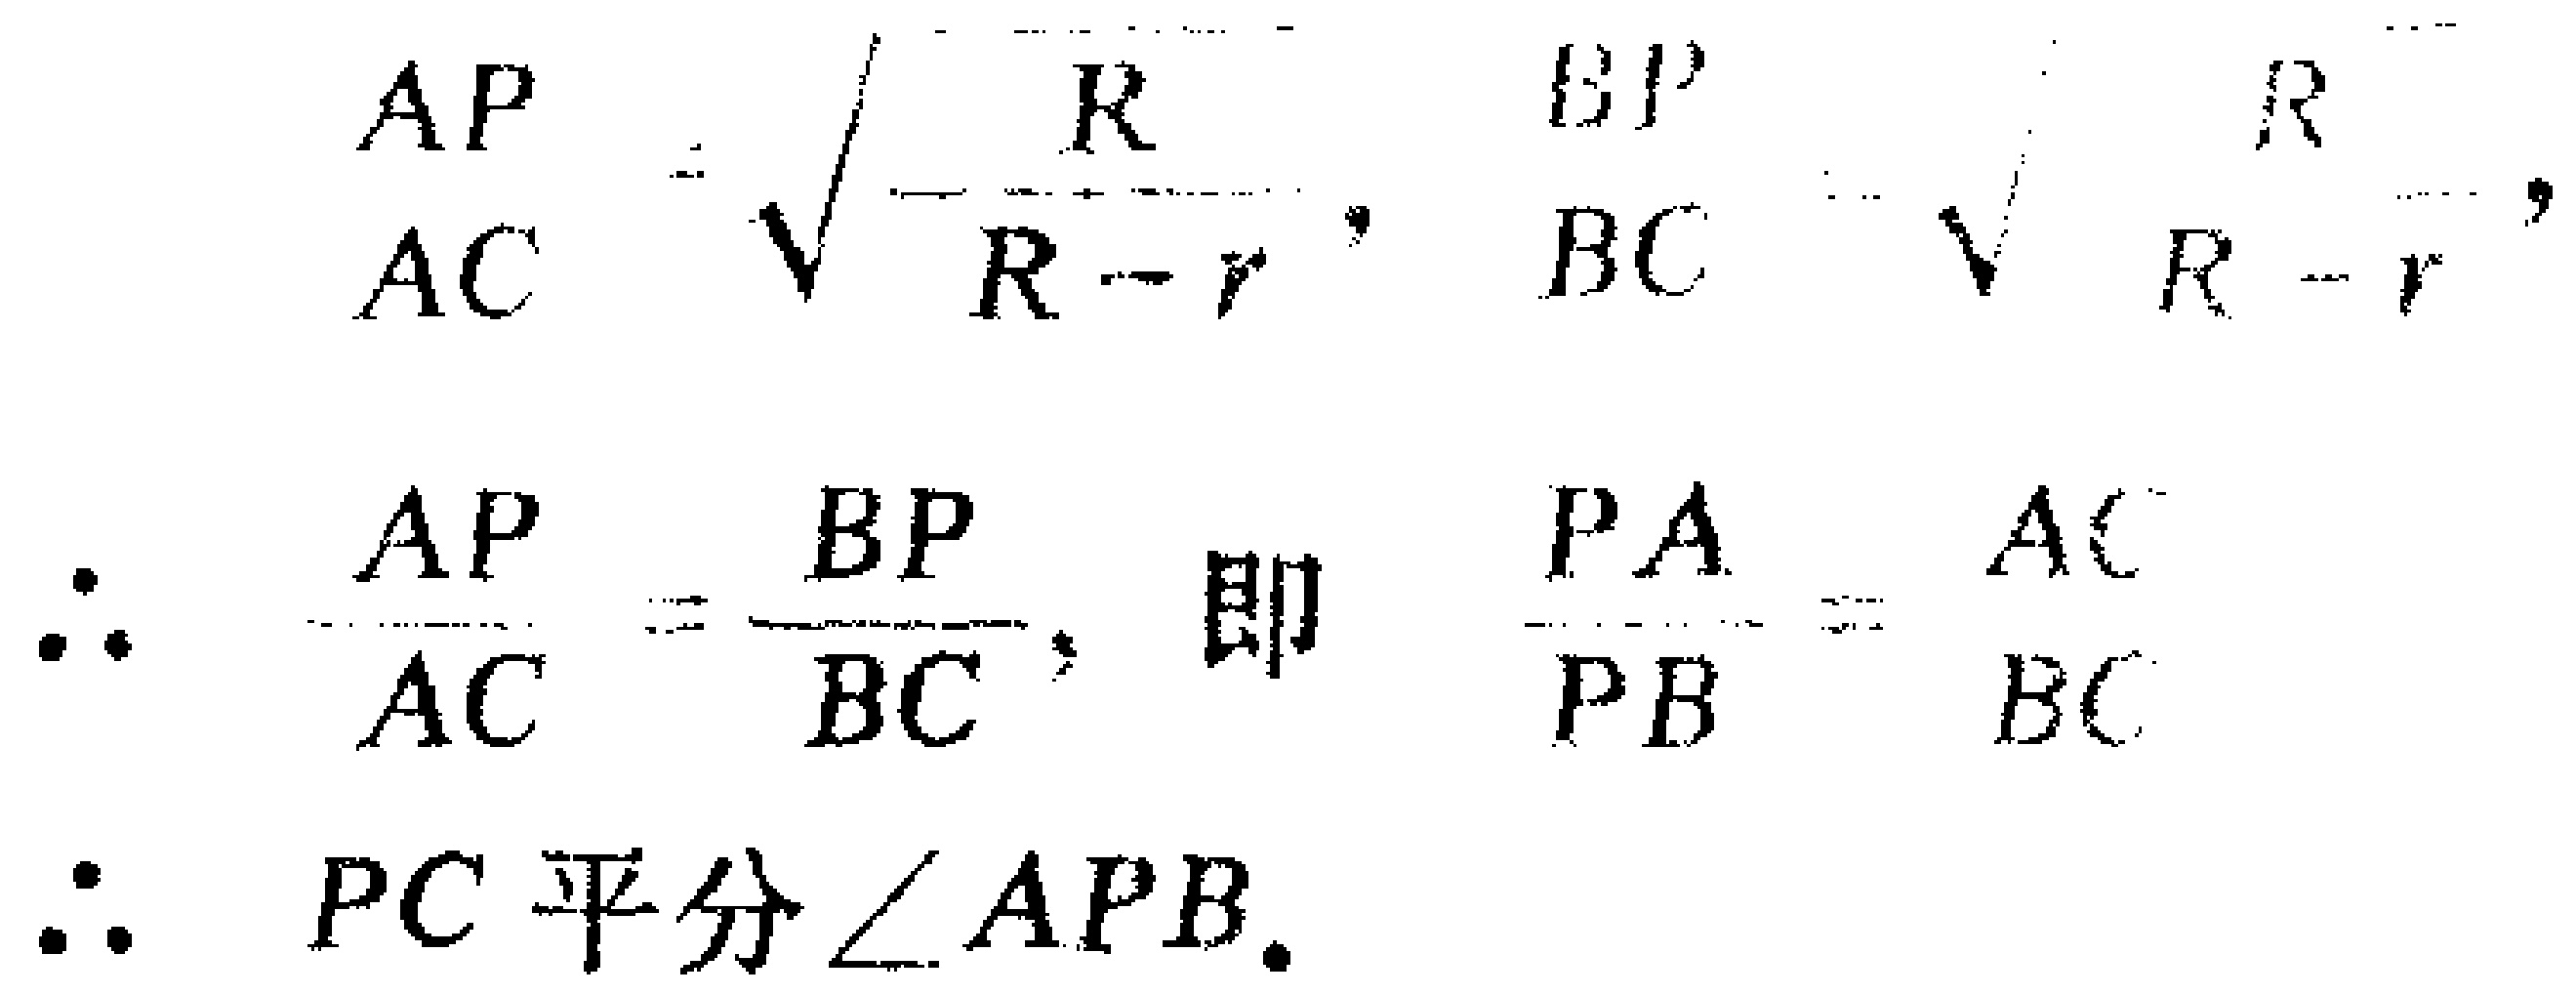
\[
\begin{align*}
\frac{AP}{AC}&=\sqrt{\frac{R}{R - r}}, \frac{BP}{BC}=\sqrt{\frac{R}{R - r}},\\
\therefore \frac{AP}{AC}&=\frac{BP}{BC}, \text{ 即 } \frac{PA}{PB}=\frac{AC}{BC}\\
\therefore PC &\text{ 平分 } \angle APB.
\end{align*}
\]